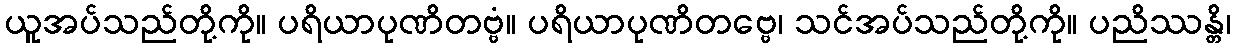
ယူအပ်သည်တို့ကို။ ပရိယာပုဏိတဗ္ဗံ။ ပရိယာပုဏိတဗ္ဗေ၊ သင်အပ်သည်တို့ကို။ ပညိဿန္တိ၊